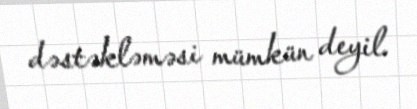
dəstəkləməsi mümkün deyil.